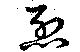
烈